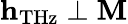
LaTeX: \mathbf{h}_{\mathrm{THz}}\perp\mathbf{M}